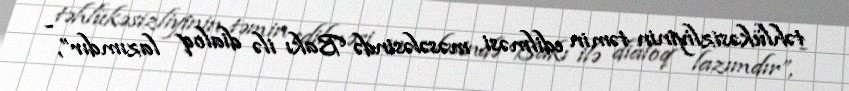
təhlükəsizliyinin təmin edilməsi məsələsində Bakı ilə dialoq lazımdır”, -